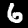
Label: 6